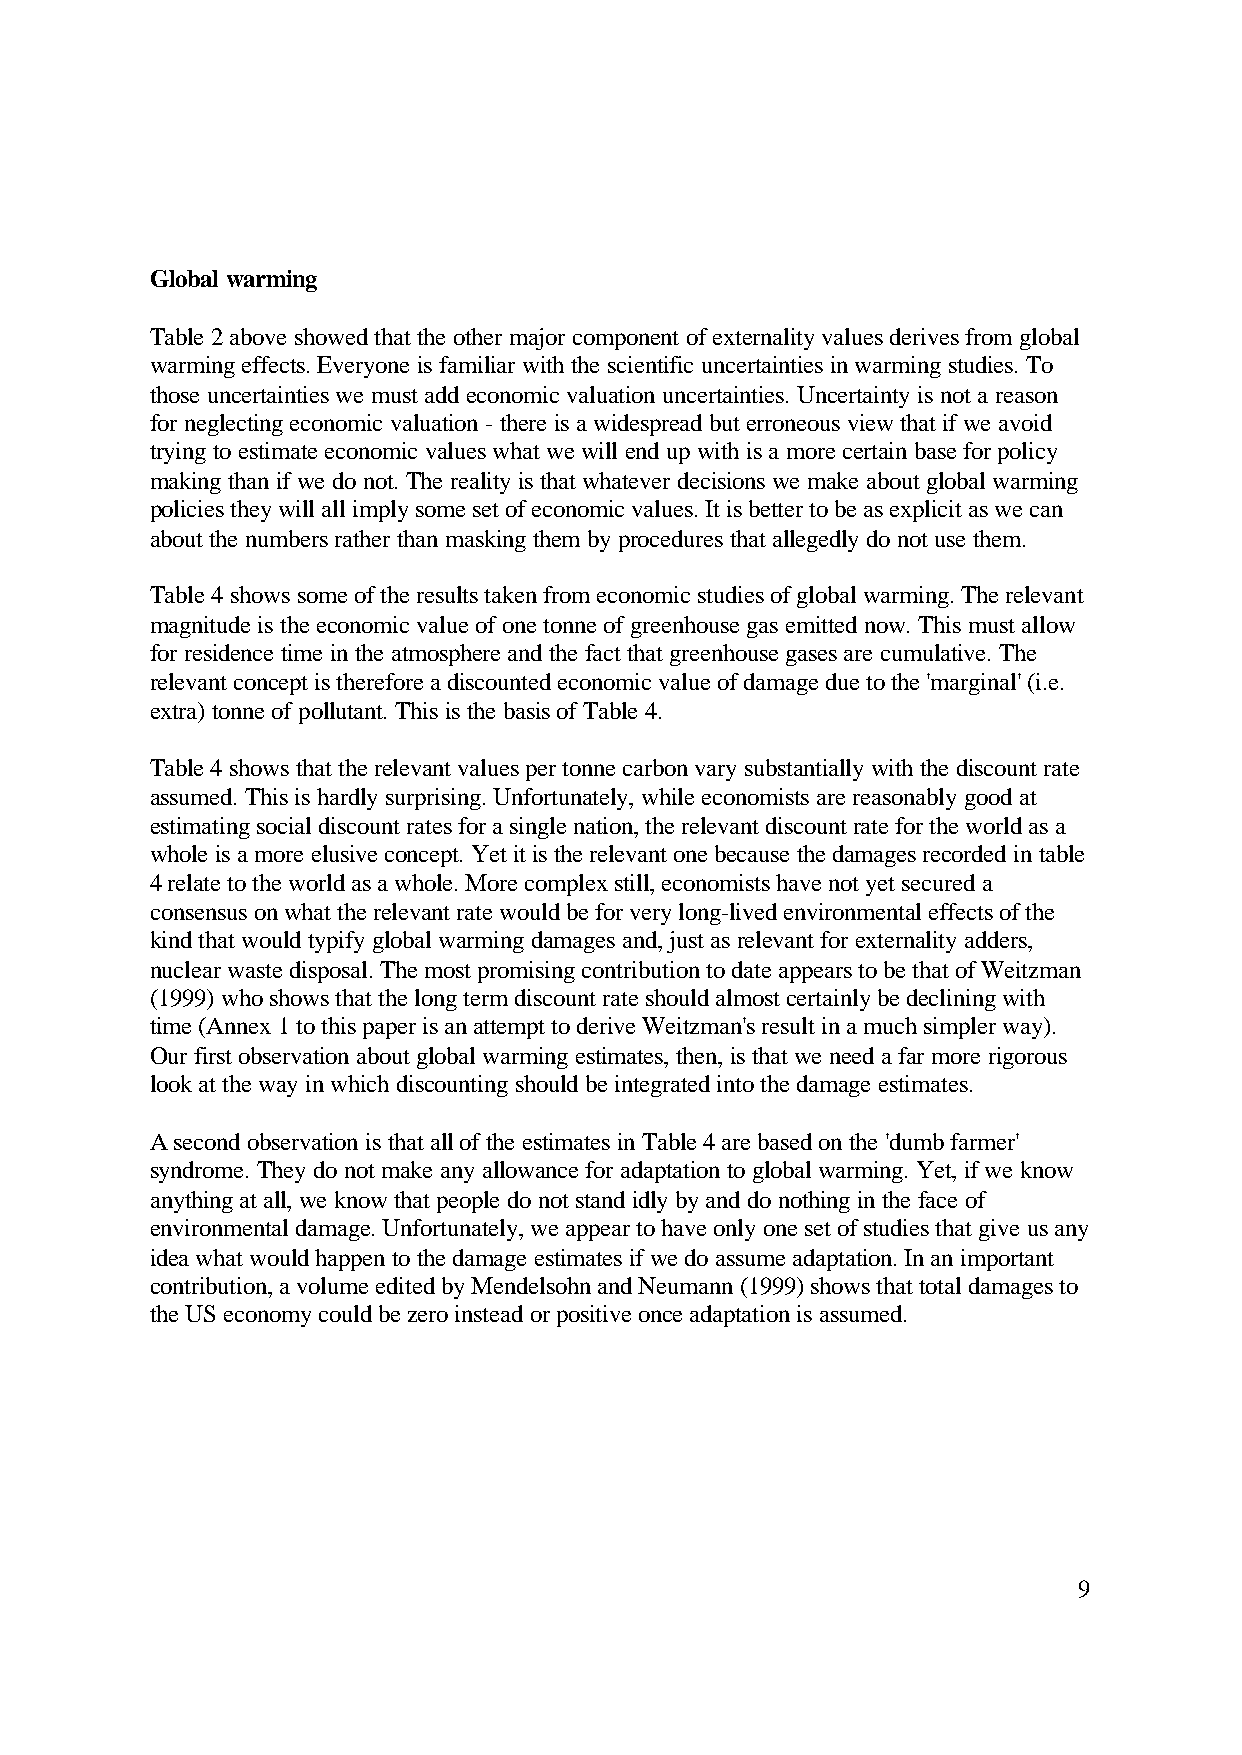
Global warming
 Table 2 above showed that the other major component of externality values derives from global
 warming effects. Everyone is familiar with the scientific uncertainties in warming studies. To
 those uncertainties we must add economic valuation uncertainties. Uncertainty is not a reason
 for neglecting economic valuation - there is a widespread but erroneous view that if we avoid
 trying to estimate economic values what we will end up with is a more certain base for policy
 making than if we do not. The reality is that whatever decisions we make about global warming
 policies they will all imply some set of economic values. It is better to be as explicit as we can
 about the numbers rather than masking them by procedures that allegedly do not use them.
 Table 4 shows some of the results taken from economic studies of global warming. The relevant
 magnitude is the economic value of one tonne of greenhouse gas emitted now. This must allow
 for residence time in the atmosphere and the fact that greenhouse gases are cumulative. The
 relevant concept is therefore a discounted economic value of damage due to the 'marginal' (i.e.
 extra) tonne of pollutant. This is the basis of Table 4.
 Table 4 shows that the relevant values per tonne carbon vary substantially with the discount rate
 assumed. This is hardly surprising. Unfortunately, while economists are reasonably good at
 estimating social discount rates for a single nation, the relevant discount rate for the world as a
 whole is a more elusive concept. Yet it is the relevant one because the damages recorded in table
 4 relate to the world as a whole. More complex still, economists have not yet secured a
 consensus on what the relevant rate would be for very long-lived environmental effects of the
 kind that would typify global warming damages and, just as relevant for externality adders,
 nuclear waste disposal. The most promising contribution to date appears to be that of Weitzman
 (1999) who shows that the long term discount rate should almost certainly be declining with
 time (Annex 1 to this paper is an attempt to derive Weitzman's result in a much simpler way).
 Our first observation about global warming estimates, then, is that we need a far more rigorous
 look at the way in which discounting should be integrated into the damage estimates.
 A second observation is that all of the estimates in Table 4 are based on the 'dumb farmer'
 syndrome. They do not make any allowance for adaptation to global warming. Yet, if we know
 anything at all, we know that people do not stand idly by and do nothing in the face of
 environmental damage. Unfortunately, we appear to have only one set of studies that give us any
 idea what would happen to the damage estimates if we do assume adaptation. In an important
 contribution, a volume edited by Mendelsohn and Neumann (1999) shows that total damages to
 the US economy could be zero instead or positive once adaptation is assumed.
 9